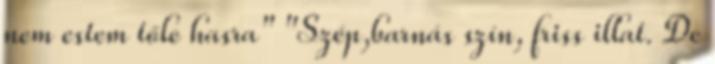
nem estem tőle hasra" "Szép,barnás szín, friss illat. De